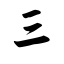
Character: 三